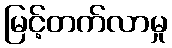
မြင့်တက်လာမှု